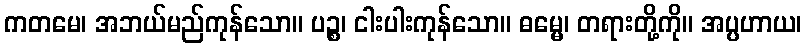
ကတမေ၊ အဘယ်မည်ကုန်သော။ ပဉ္စ၊ ငါးပါးကုန်သော။ ဓမ္မေ၊ တရားတို့ကို။ အပ္ပဟာယ၊